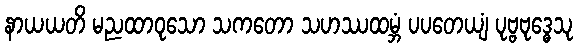
နာယယတိ မညထာဝုသော သကတော သဟဿထမ္ဘံ ပပတေယျံ ပုဗ္ဗဗုဒ္ဓေသု